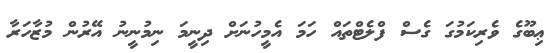
ޢިބޫގެ ވެރިކަމުގަ ގެސް ފްލެޓްތައް ހަމަ އެމީހުނަށް ދިނީމަ ނިމުނީނު އޭރުން މުޒާހަރާ